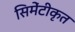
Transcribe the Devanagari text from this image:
सिमेंटीकृत